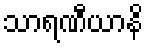
သာရဏီယာနိ